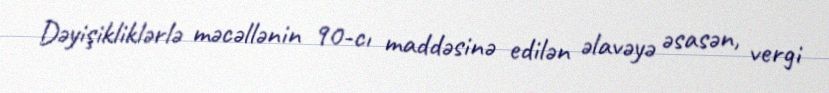
Dəyişikliklərlə məcəllənin 90-cı maddəsinə edilən əlavəyə əsasən, vergi